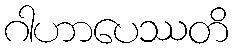
ဂါဟာပေဿတိ